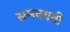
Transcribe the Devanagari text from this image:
समवयवी